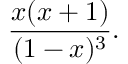
{ \frac { x ( x + 1 ) } { ( 1 - x ) ^ { 3 } } } .